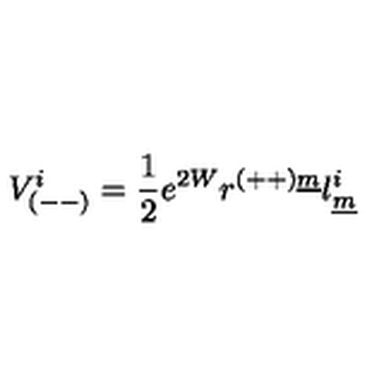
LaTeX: V _ { ( -- ) } ^ { i } = { \frac { 1 } { 2 } } e ^ { 2 W } r ^ { ( + + ) \underline { { m } } } l _ { \underline { { m } } } ^ { i }